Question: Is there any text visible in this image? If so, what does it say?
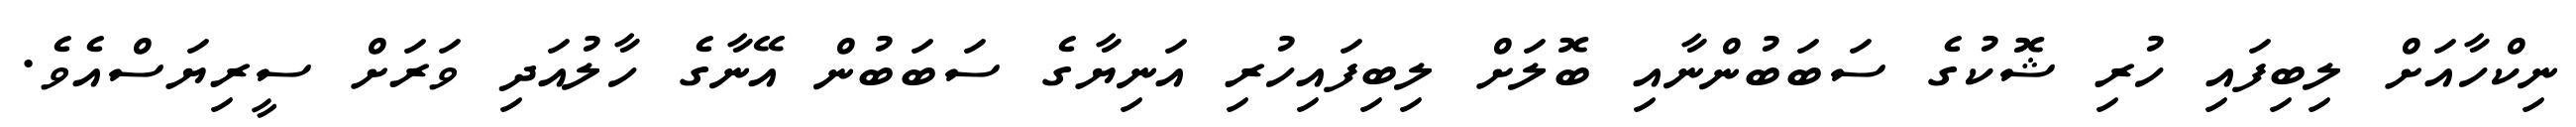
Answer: ނިކްހާއަށް ލިބިފައި ހުރި ޝޮކުގެ ސަބަބުންނާއި ބޮލަށް ލިބިފައިހުރި އަނިޔާގެ ސަބަބުން އޭނާގެ ހާލުއަދި ވަރަށް ސީރިޔަސްއެވެ.